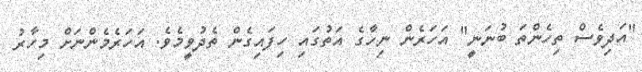
"އަދިވެސް ތިހެންތަ ބުނަނީ" އަހަރެން ނިހާގެ އަތުގައި ހިފައިގެން ތެދުވީމެވެ. އަހަރެމެންނަށް މިހާރު